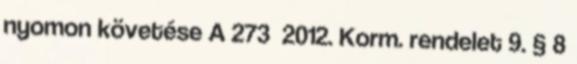
nyomon követése A 273 2012. Korm. rendelet 9. § 8